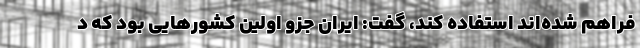
فراهم شده‌اند استفاده کند، گفت: ایران جزو اولین کشورهایی بود که د